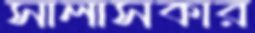
সালাসকার